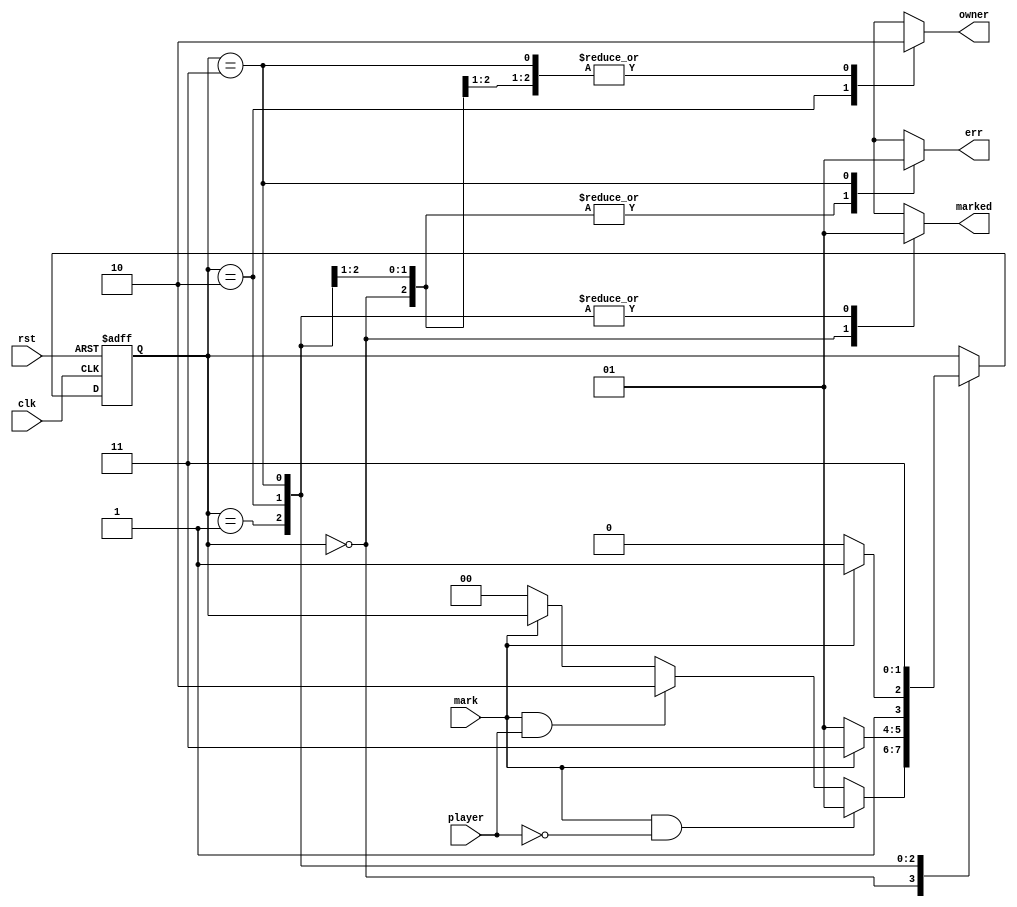
module GameSquare(
	input clk, rst, mark, player,

	output reg marked, owner, err
    );
  
	parameter S0 = 2'b00;
	parameter S1 = 2'b01;
	parameter S2 = 2'b10;
	parameter S3 = 2'b11;  
	reg [1:0] state, next_state;
	
	always@(posedge clk or negedge rst) begin
		if(~rst)	state <= S0; 
		else 	state <= next_state;
	end  
		  
	always @(*)  begin 
		next_state <= state;
		marked <= 0; owner <= 0; err <= 0;
		case(state)
			S0: begin
				marked <= 0; owner <= 0; err <= 0;
				if (mark == 1 && player == 0)
					next_state <= S1;
				else if (mark == 1 && player == 1) 
					next_state <= S2;
				else if(mark == 0)
					next_state <= S0;  
			end
			
			S1: begin
				marked <= 1; owner <= 0; err <= 0;
				if(mark == 0) 
					next_state <= S1;
				else if(mark == 1)
					next_state <= S3;
			end
			
			S2: begin
				marked <= 1; owner <= 1; err <= 0;
				if(mark == 0) 
					next_state <= S2; 
				else if(mark == 1)  
					next_state <= S3;
			end
			
			S3: begin
				marked <= 1; owner <= 0; err <= 1;
				next_state <= S3;
			end
		endcase 
	end
	
endmodule